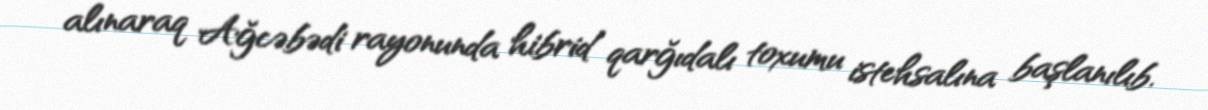
alınaraq Ağcəbədi rayonunda hibrid qarğıdalı toxumu istehsalına başlanılıb.